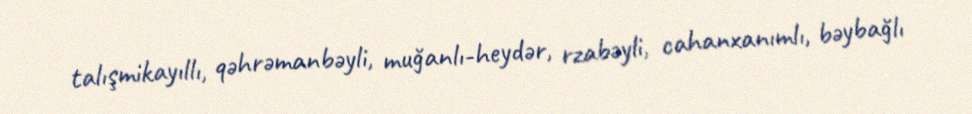
talışmikayıllı, qəhrəmanbəyli, muğanlı-heydər, rzabəyli, cahanxanımlı, bəybağlı